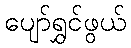
ပျော်ရွှင်ဖွယ်